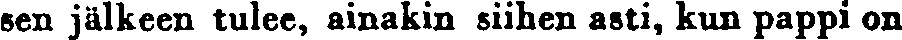
sen jälkeen tulee, ainakin siihen asti, kun pappi on